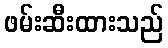
ဖမ်းဆီးထားသည်